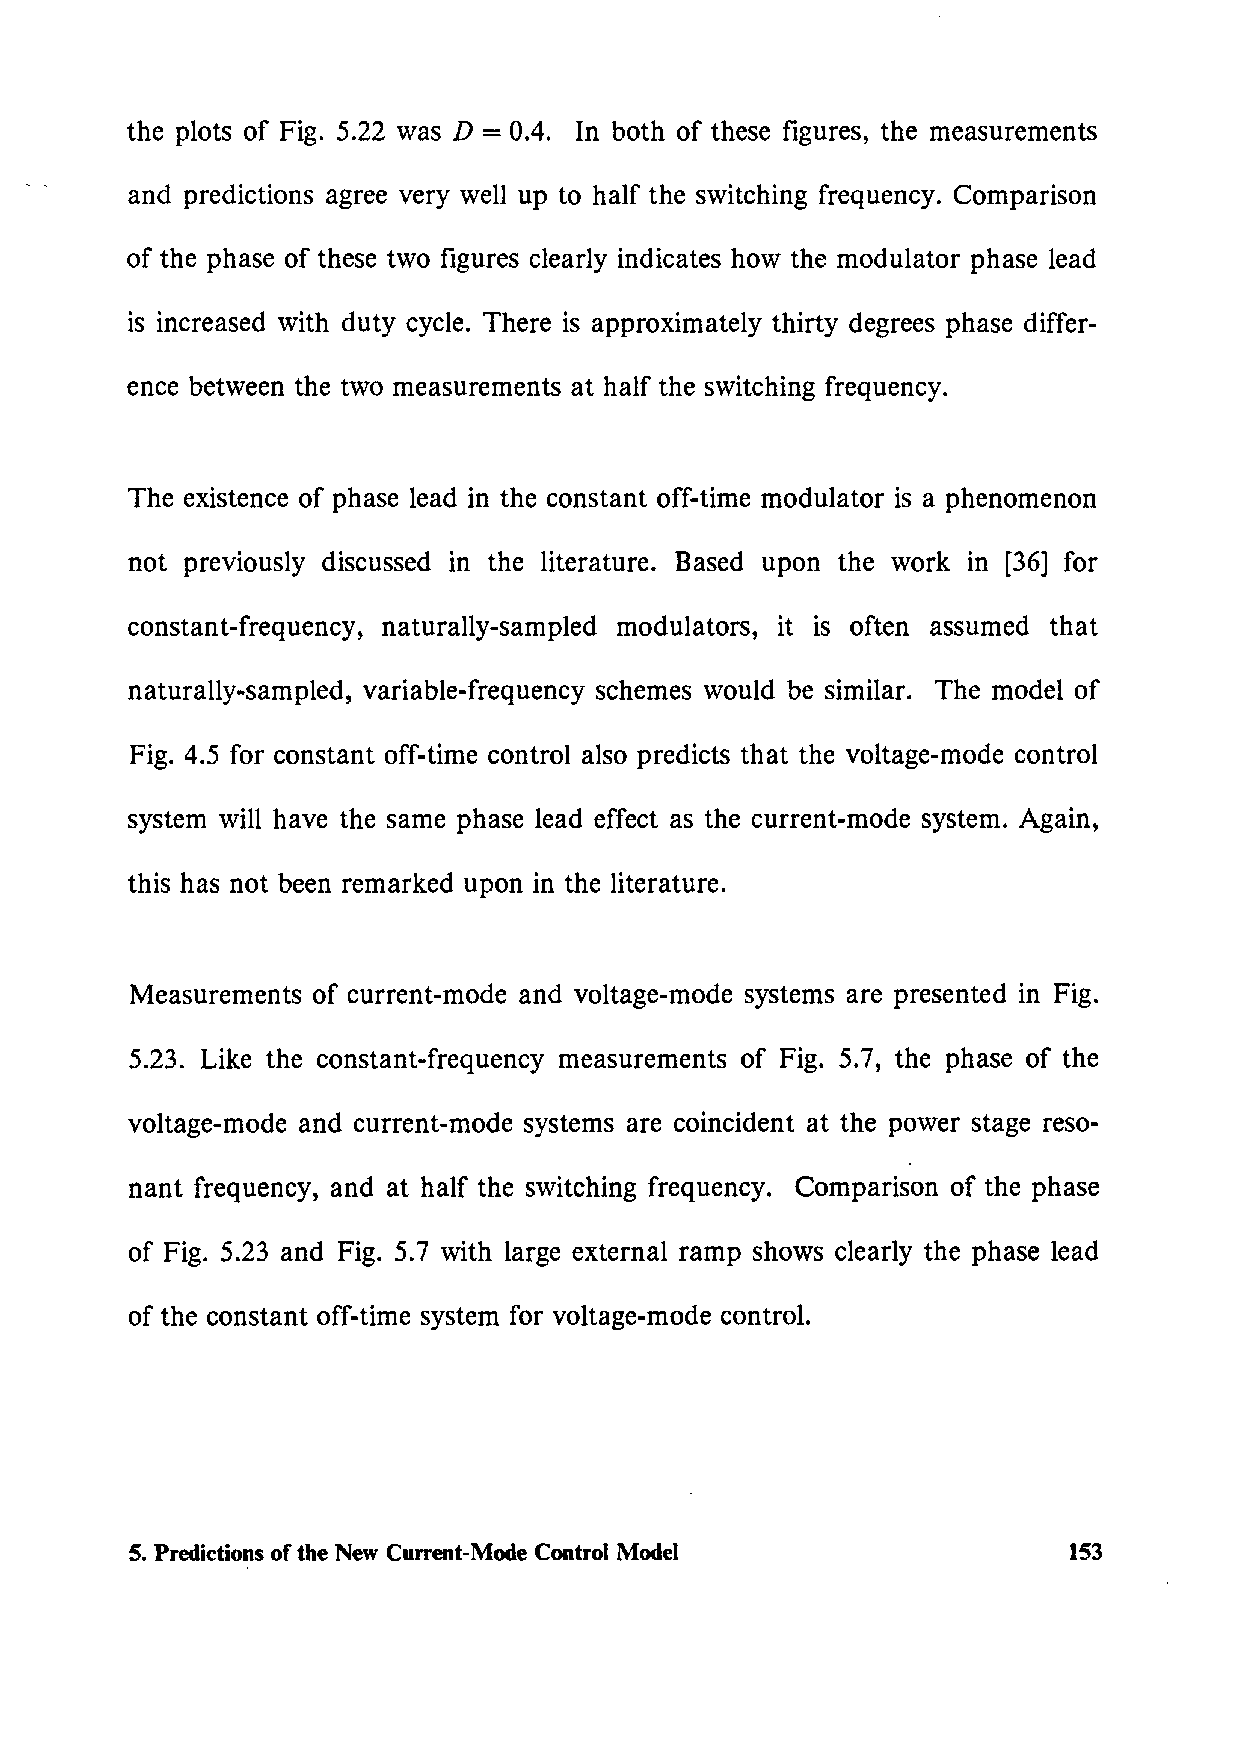
the plots of Fig. 5.22 was D = 0.4. In both of these figures, the measurements
 and predictions agree very well up to half the switching frequency. Comparison
 of the phase of these two figures clearly indicates how the modulator phase lead
 is increased with duty cycle. There is approximately thirty degrees phase differ-
 ence between the two measurements at half the switching frequency.
 The existence of phase lead in the constant off-time modulator is a phenomenon
 not previously discussed in the literature. Based upon the work in [36] for
 constant-frequency, naturally-sampled modulators, it is often assumed that
 naturally-sampled, variable-frequency schemes would be similar. The model of
 Fig. 4.5 for constant off-time control also predicts that the voltage-mode control
 system will have the same phase lead effect as the current-mode system. Again,
 this has not been remarked upon in the literature.
 Measurements of current-mode and voltage-mode systems are presented in Fig.
 5.23. Like the constant-frequency measurements of Fig. 5. 7, the phase of the
 voltage-mode and current-mode systems are coincident at the power stage reso-
 nant frequency, and at half the switching frequency. Comparison of the phase
 of Fig. 5.23 and Fig. 5.7 with large external ramp shows clearly the phase lead
 of the constant off-time system for voltage-mode control.
 5. Predictions of the New Current-Mode Control Model          153